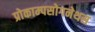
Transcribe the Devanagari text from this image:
प्रोकाम्‍पसोगनेथस